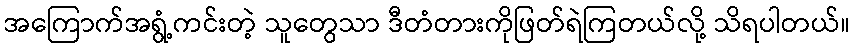
အကြောက်အရွံ့ကင်းတဲ့ သူတွေသာ ဒီတံတားကိုဖြတ်ရဲကြတယ်လို့ သိရပါတယ်။